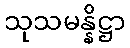
သုသမန္နိဋ္ဌာ